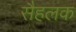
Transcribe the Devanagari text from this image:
सैहलक